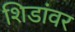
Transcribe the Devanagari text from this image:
शिडांवर